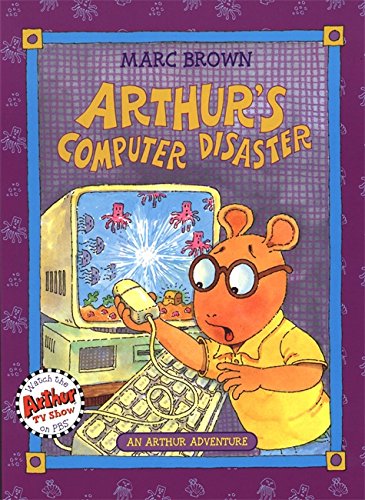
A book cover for Arthur's Computer Disaster: An Arthur Adventure (Arthur Adventures); Marc Brown; Children's Books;